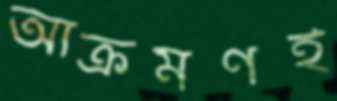
আক্রমণই